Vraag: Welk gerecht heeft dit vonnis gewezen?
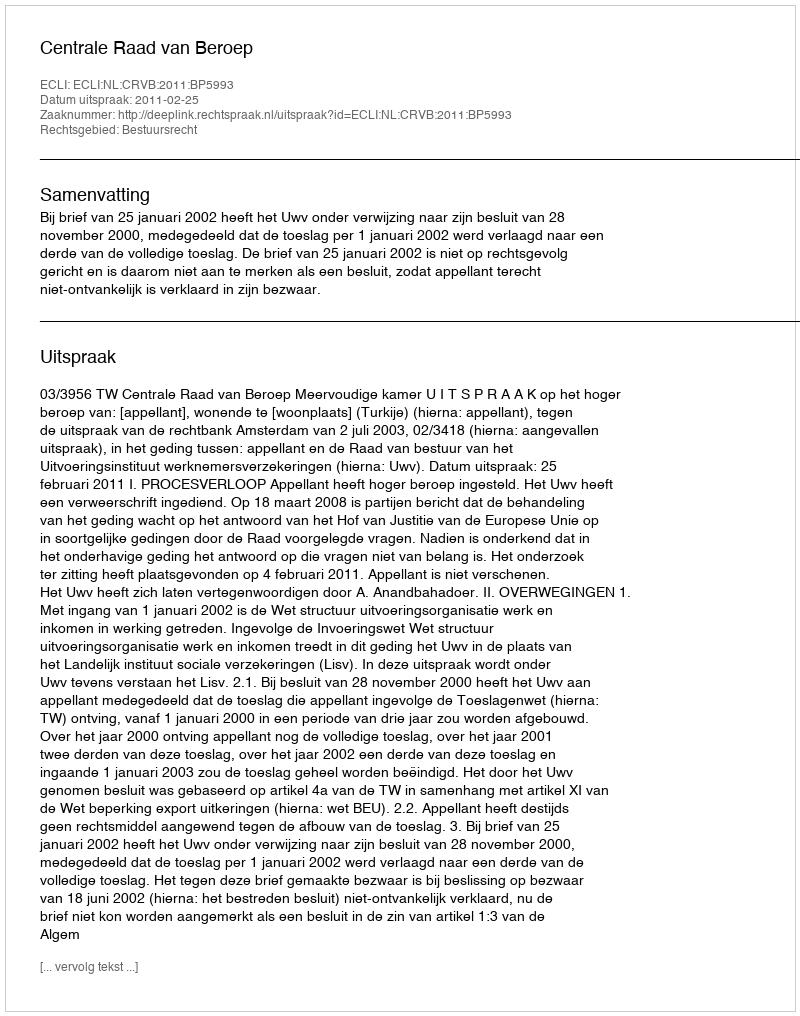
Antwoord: Centrale Raad van Beroep